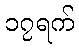
၁၇ရက်